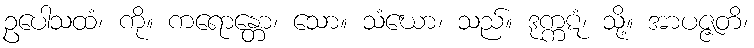
ဥပေါသထံ၊ ကို။ ကရောန္တော၊ သော။ သံဃော၊ သည်။ ဒုက္ကဋံ၊ သို့။ အာပဇ္ဇတိ၊